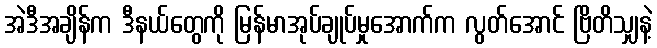
အဲဒီအချိန်က ဒီနယ်တွေကို မြန်မာအုပ်ချုပ်မှုအောက်က လွတ်အောင် ဗြိတိသျှနဲ့